Leaving Certificate Examination, 1913
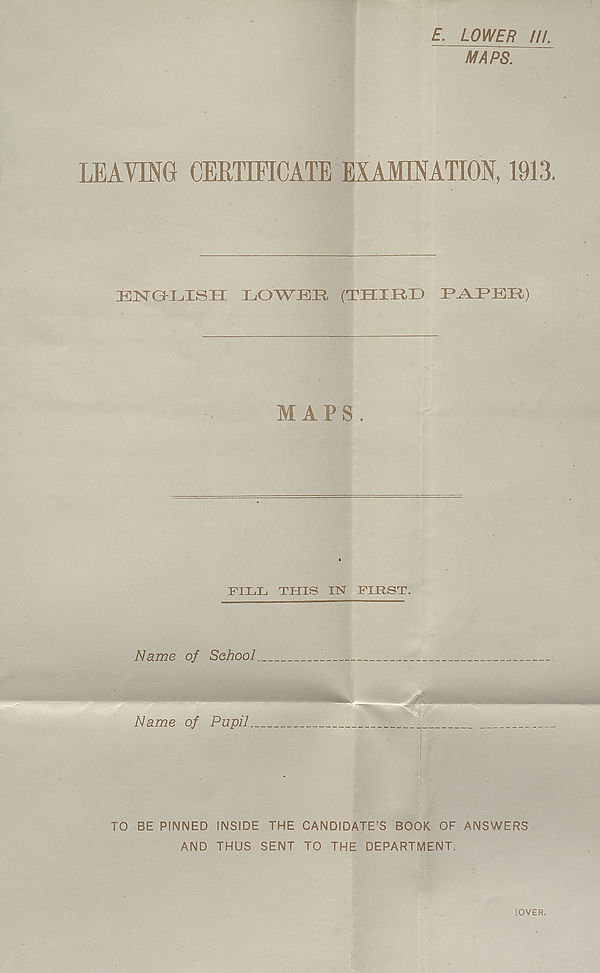
E. LOWER /II.
MAPS.
LEAVING CERTIFICATE EXAMINATION, 1913.
ENGKIjISH LOWER (THIRD R-YPKR)
MAPS.
FILL THIS IN FIRST.
Name of School.
TO BE PINNED INSIDE THE CANDIDATE’S BOOK OF ANSWERS
AND THUS SENT TO THE DEPARTMENT.